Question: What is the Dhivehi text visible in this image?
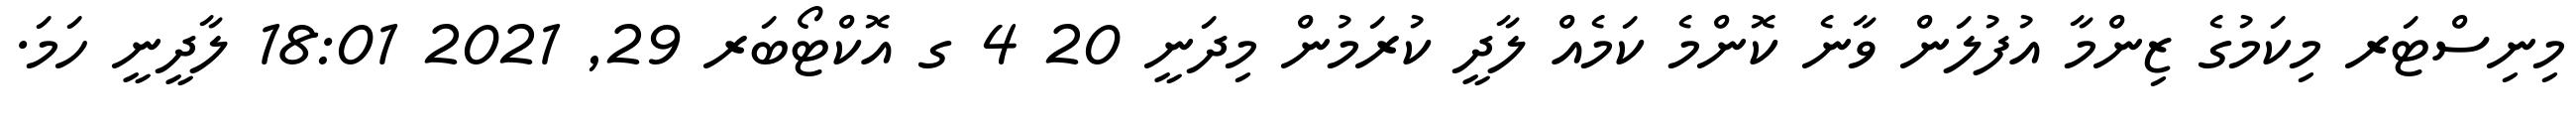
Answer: މިނިސްޓަރ މިކަމުގެ ޒިންމާ އުފުލަން ވާނެ ކޮންމެ ކަމެއް ލާދީ ކުރަމުން މިދަނީ 20 4 ގ އޮކްޓޯބަރ 29, 2021 18:01 ލާދީނީ ހަމަ.